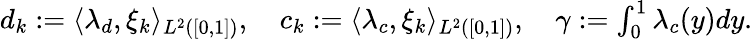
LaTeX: \begin{array}{r}{d_{k}:=\langle\lambda_{d},\xi_{k}\rangle_{L^{2}([0,1])},\quad c_{k}:=\langle\lambda_{c},\xi_{k}\rangle_{L^{2}([0,1])},\quad\gamma:=\int_{0}^{1}\lambda_{c}(y)dy.}\end{array}